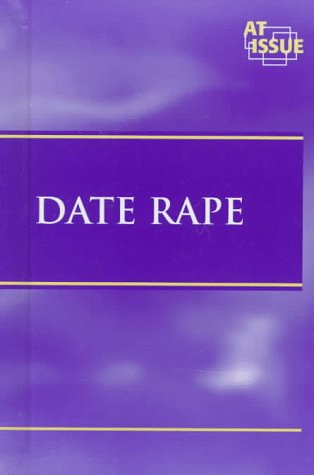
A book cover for At Issue Series - Date Rape (hardcover edition); Teen & Young Adult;